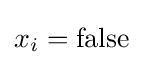
x_{i}=\mathrm {false}